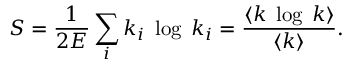
S = \frac { 1 } { 2 E } \sum _ { i } k _ { i } \; \log \; k _ { i } = \frac { \langle k \; \log \; k \rangle } { \langle k \rangle } .